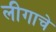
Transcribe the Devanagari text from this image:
लीगाचे